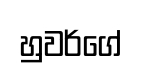
හුවර්ගේ